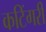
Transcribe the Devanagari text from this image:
कटिंगरी